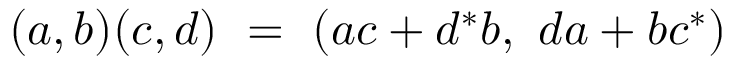
( a , b ) ( c , d ) \ = \ ( a c + d ^ { * } b , \ d a + b c ^ { * } )